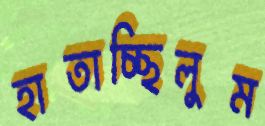
হাতাচ্ছিলুম